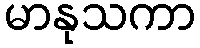
မာနုသကာ